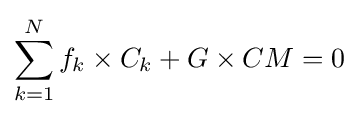
\sum _{k=1}^{N}f_{k}\times C_{k}+G\times CM=0